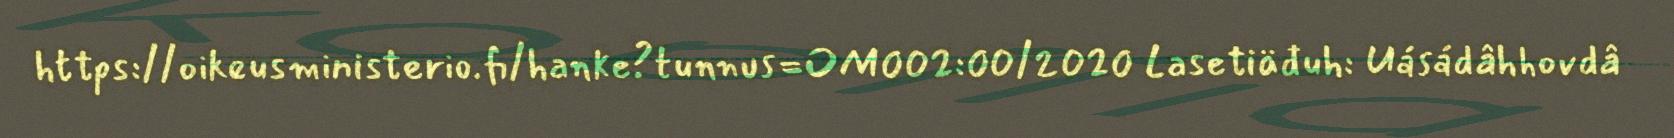
https://oikeusministerio.fi/hanke?tunnus=OM002:00/2020 Lasetiäđuh: Uásádâhhovdâ